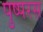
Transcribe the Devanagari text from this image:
पुष्परस